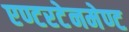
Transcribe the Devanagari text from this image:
एण्टरटेनमेण्ट